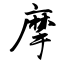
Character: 摩